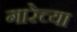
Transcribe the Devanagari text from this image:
गारेच्या